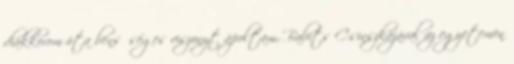
diákkorom óta bensőséges viszonyt ápoltam, Babits Csinszkájával az egyetemen